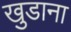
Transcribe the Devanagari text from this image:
खुडाना